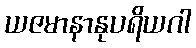
ယဇမာနာနုပရိယဂါ